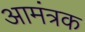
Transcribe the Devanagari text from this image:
आमंत्रक